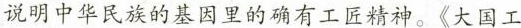
说明中华民族的基因里的确有工匠精神。《大国工